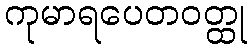
ကုမာရပေတဝတ္ထု